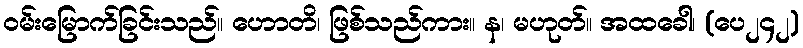
ဝမ်းမြောက်ခြင်းသည်။ ဟောတိ၊ ဖြစ်သည်ကား။ န၊ မဟုတ်။ အထခေါ၊ (ပေ၂၄၂)